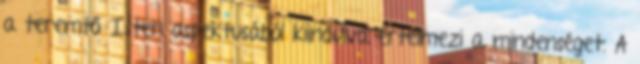
a teremtő Isten aspektusából kiindulva értelmezi a mindenséget. A